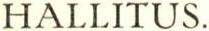
HALLITUS.